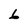
Character: 6